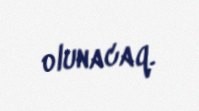
olunacaq.